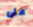
على